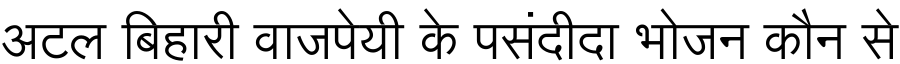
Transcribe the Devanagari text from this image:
अटल बिहारी वाजपेयी के पसंदीदा भोजन कौन से